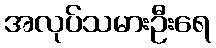
အလုပ်သမားဦးရေ